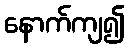
နောက်ကျ၍